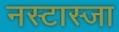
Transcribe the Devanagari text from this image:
नस्टास्जा